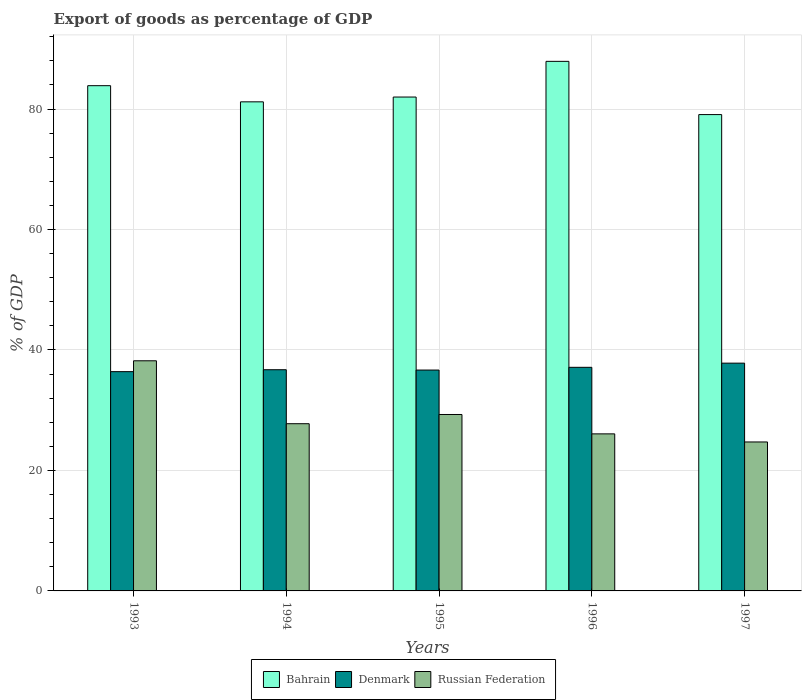
| Years | Bahrain | Denmark | Russian Federation |
 | --- | --- | --- | --- |
 | 1993 | 83.9 | 36.4 | 38.2 |
 | 1994 | 81.2 | 36.7 | 27.8 |
 | 1995 | 82 | 36.7 | 29.3 |
 | 1996 | 87.9 | 37.1 | 26.1 |
 | 1997 | 79.1 | 37.8 | 24.7 |